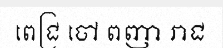
ពេជ្រ ចៅ ពញា រាជ